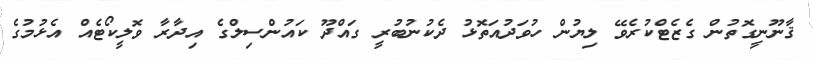
ޤާނޫނީގޮތުން ގެޒެޓްކުރެވޭ ލިޔުން ހުވަދުއަތޮޅު ދެކުނުބުރީ ގައްދޫ ކައުންސިލްގެ އިދާރާ ވޮލީކޯޓެއް އެޅުމުގެ